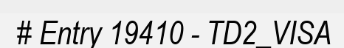
# Entry 19410 - TD2_VISA